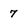
Character: 7